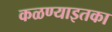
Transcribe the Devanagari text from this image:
कळण्याइतका